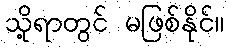
သို့ရာတွင် မဖြစ်နိုင်။